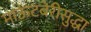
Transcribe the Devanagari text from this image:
माऊंटबेरीसुद्धा